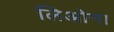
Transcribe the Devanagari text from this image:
लिओना